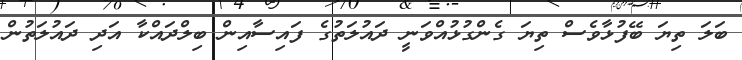
ބަލަ ތިޔަ ބޭފުޅާވެސް ތިޔަ ގެންގުޅުއްވަނީ ދައުލަތުގެ ފައިސާއިން ބިލްދައްކާ އަދި ދައުލަތުން